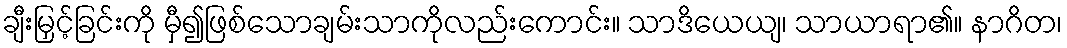
ချီးမြှင့်ခြင်းကို မှီ၍ဖြစ်သောချမ်းသာကိုလည်းကောင်း။ သာဒိယေယျ၊ သာယာရာ၏။ နာဂိတ၊